Medical and sanitary report of the native army of Madras for the year
Year: 1875
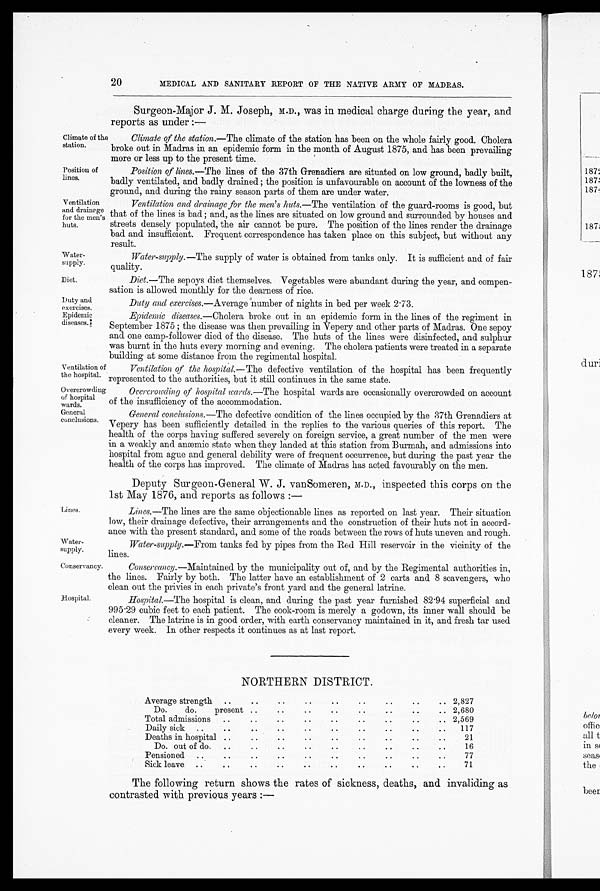
Climate of the
station.
Position of
lines.
Ventilation
and drainage
for the men's
huts.
Water-
supply.
Diet.
Duty and
exercises
Epidemic
diseases.
Ventilation of
the hospital.
Overcrowding
of hospital
wards.
General
conclusions.
Lines.
Water-
supply.
Conservancy.
Hospital.
20
MEDICAL AND SANITARY REPORT OF THE NATIVE ARMY OF MADRAS.
Surgeon-Major J. M. Joseph, M.D., was in medical charge during the year, and
reports as under :—
Climate of the station. —The climate of the station has been on the whole fairly good. Cholera
broke out in Madras in an epidemic form in the month of August 1875, and has been prevailing
more or less up to the present time.
Position of lines. —The lines of the 37th Grenadiers are situated on low ground, badly built,
badly ventilated, and badly drained ; the position is unfavourable on account of the lowness of the
ground, and during the rainy season parts of them are under water.
Ventilation and drainage for the men's huts. —The ventilation of the guard-rooms is good, but
that of the lines is bad ; and, as the lines are situated on low ground and surrounded by houses and
streets densely populated, the air cannot be pure. The position of the lines render the drainage
bad and insufficient. Frequent correspondence has taken place on this subject, but without any
result.
Water-supply. —The supply of water is obtained from tanks only. It is sufficient and of fair
quality.
Diet. —The sepoys diet themselves. Vegetables were abundant during the year, and compen-
sation is allowed monthly for the dearness of rice.
Duty and exercises. —Average number of nights in bed per week 2.73.
Epidemic diseases. —Cholera broke out in an epidemic form in the lines of the regiment in
September 1875 ; the disease was then prevailing in Vepery and other parts of Madras. One sepoy
and one camp-follower died of the disease. The huts of the lines were disinfected, and sulphur
was burnt in the huts every morning and evening. The cholera patients were treated in a separate
building at some distance from the regimental hospital.
Ventilation of the hospital. — The defective ventilation of the hospital has been frequently
represented to the authorities, but it still continues in the same state.
Overcrowding of hospital wards. —The hospital wards are occasionally overcrowded on account
of the insufficiency of the accommodation.
General conclusions. —The defective condition of the lines occupied by the 37th Grenadiers at
Vepery has been sufficiently detailed in the replies to the various queries of this report. The
health of the corps having suffered severely on foreign service, a great number of the men were
in a weakly and anæmic state when they landed at this station from Burmah, and admissions into
hospital from ague and general debility were of frequent occurrence, but during the past year the
health of the corps has improved. The climate of Madras has acted favourably on the men.
Deputy Surgeon-General W. J. vanSomeren, M.D., inspected this corps on the
1st May 1876, and reports as follows :
—
Lines. —The lines are the same objectionable lines as reported on last year. Their situation
low, their drainage defective, their arrangements and the construction of their huts not in accord-
ance with the present standard, and some of the roads between the rows of huts uneven and rough.
Water-supply. —From tanks fed by pipes from the Red Hill reservoir in the vicinity of the
lines.
Conservancy.—Maintained by the municipality out of, and by the Regimental authorities in,
the lines. Fairly by both. The latter have an establishment of 2 carts and 8 scavengers, who
clean out the privies in each private's front yard and the general latrine.
Hospital.—The hospital is clean, and during the past year furnished 82.94 superficial and
995.29 cubic feet to each patient. The cook-room is merely a godown, its inner wall should be
cleaner. The latrine is in good order, with earth conservancy maintained in it, and fresh tar used
every week. In other respects it continues as at last report.
NORTHERN DISTRICT.
Average strength
..
..
..
.. 2,827
Do.
do.
present
...
.. 2,680
Total admissions.. ..
2,569
Daily sick
..
..
..
..
117
Deaths in hospital ..
..
..
..
..
.. ..
..
..
21
Do. out of do.
....
..
..
16
Pensioned
..
..
..
77
Sick leave..
..
71
The following return shows the rates of sickness, deaths, and invaliding as
contrasted with previous years :—